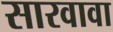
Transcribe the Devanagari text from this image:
सारवावा